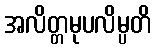
အလိတ္တမုပလိမ္ပတိ